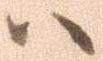
ハ